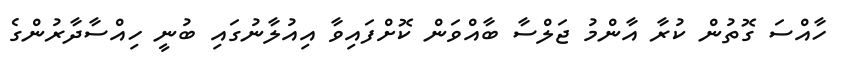
ހާއްސަ ގޮތުން ކުރާ އާންމު ޖަލްސާ ބާއްވަން ކޮށްފައިވާ އިއުލާނުގައި ބުނީ ހިއްސާދާރުންގެ